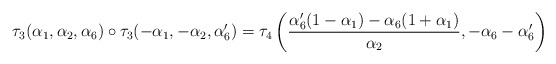
\begin{align*}\tau_3(\alpha_{1},\alpha_2,\alpha_6) \circ \tau_3(-\alpha_{1},-\alpha_2,\alpha'_6) =\tau_4\left(\frac{\alpha'_6(1 - \alpha_{1})-\alpha_{6}(1 + \alpha_{1})}{\alpha_{2}},-\alpha_{6}-\alpha'_6\right)\end{align*}